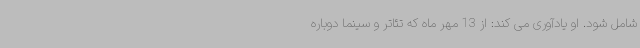
شامل شود. او یادآوری می کند: از 13 مهر ماه که تئاتر و سینما دوباره